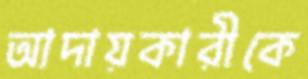
আদায়কারীকে